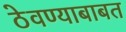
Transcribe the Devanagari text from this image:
ठेवण्याबाबत